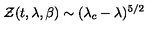
{ \cal Z } ( t , \lambda , \beta ) \sim ( \lambda _ { c } - \lambda ) ^ { 5 / 2 }